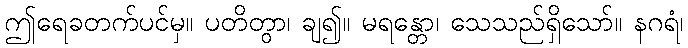
ဤရေခတက်ပင်မှ။ ပတိတွာ၊ ချ၍။ မရန္တော၊ သေသည်ရှိသော်။ နဂရံ၊